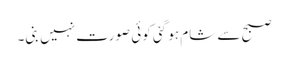
صبح سے شام ہو گئی کوئی صورت نہیں بنی۔